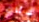
هناك